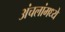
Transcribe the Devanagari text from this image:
अंचलांमध्ये